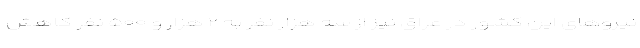
نیروهای این کشور در عراق نیز از سه هزار نفر به ۲ هزار و ۵۰۰ نفر کاهش